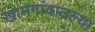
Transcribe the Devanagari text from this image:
खामगांवातल्या